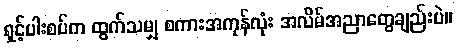
ရှင့်ပါးစပ်က ထွက်သမျှ စကားအကုန်လုံး အလိမ်အညာတွေချည်းပဲ။